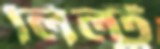
লিল্টু